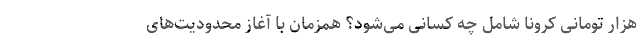
هزار تومانی کرونا شامل چه کسانی می‌شود؟ همزمان با آغاز محدودیت‌های